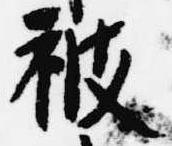
被